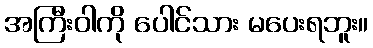
အကြီးဝါကို ပေါင်သား မပေးရဘူး။